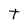
Character: t